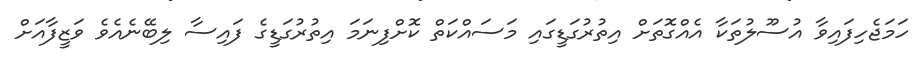
ހަމަޖެހިފައިވާ އުސޫލުތަކާ އެއްގޮތަށް އިތުރުގަޑީގައި މަސައްކަތް ކޮށްފިނަމަ އިތުރުގަޑީގެ ފައިސާ ލިބޭނެއެވެ ވަޒީފާއަށް